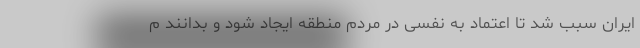
ایران سبب شد تا اعتماد به نفسی در مردم منطقه ایجاد شود و بدانند م